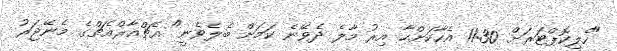
"ހެލިކޮޕްޓަރަށް 11:30 އެހާކަށްހާ އިރު މާލެ ދެވޭނެ ކަމަށް ބެލެވެނީ" އެޗްއާރްއެޗްގެ މެނޭޖަރު